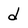
Character: d